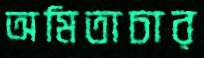
অমিতাচার